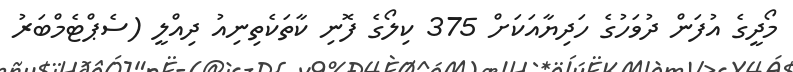
މޯދީގެ އުފަން ދުވަހުގެ ހަދިޔާއަކަށް 375 ކިލޯގެ ފޮނި ކާތަކެތިނިއު ދިއްލީ (ސެޕްޓެމްބަރު